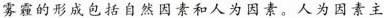
雾霾的形成包括自然因素和人为因素。人为因素主